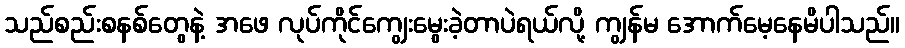
သည်စည်းစနစ်တွေနဲ့ အဖေ လုပ်ကိုင်ကျွေးမွေးခဲ့တာပဲရယ်လို့ ကျွန်မ အောက်မေ့နေမိပါသည်။